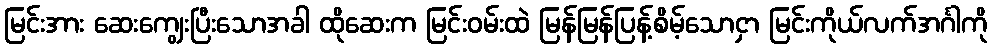
မြင်းအား ဆေးကျွေးပြီးသောအခါ ထိုဆေးက မြင်းဝမ်းထဲ မြန်မြန်ပြန့်စိမ့်သောငှာ မြင်းကိုယ်လက်အင်္ဂါကို